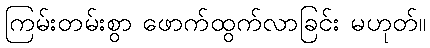
ကြမ်းတမ်းစွာ ဖောက်ထွက်လာခြင်း မဟုတ်။